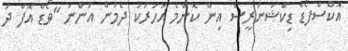
އޮކްސްފޯޑް ޑިކްޝަނަރީސް އިން ކޮންމެ އަހަރަކު ދެމުން އަންނަ "ވޯޑް އޮފް ދަ